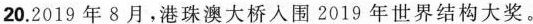
20. 2019 年 8 月，港珠澳大桥人围 2019 年世界结构大奖。